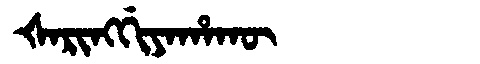
Manchu: ᡧᠠᡵᡳᠩᡤᡳᠶᠠᡥᠠᡴᡡ
Romanization: ŠARINGGIYAHAKŪ